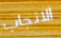
الانجاب